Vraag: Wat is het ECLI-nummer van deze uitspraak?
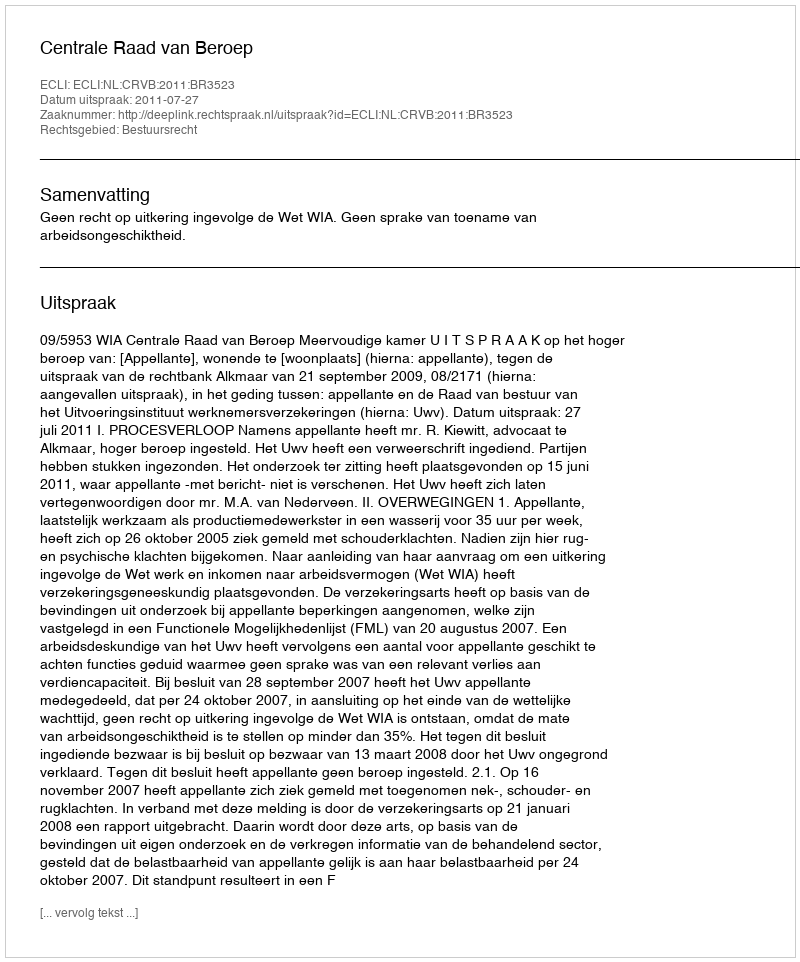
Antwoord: ECLI:NL:CRVB:2011:BR3523